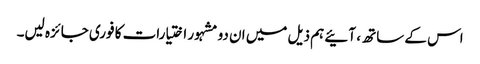
اس کے ساتھ ، آئیے ہم ذیل میں ان دو مشہور اختیارات کا فوری جائزہ لیں۔